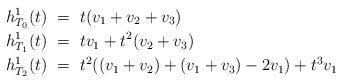
LaTeX: \begin{align*}h_{T_0}^1(t)&\ = \ t(v_1+v_2+v_3)\\h_{T_1}^1(t)&\ = \ tv_1+t^2(v_2+v_3)\\h_{T_2}^1(t)&\ = \ t^2((v_1+v_2)+(v_1+v_3)-2v_1)+t^3v_1\end{align*}